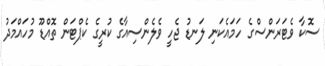
ސޮކާ ވެޓަރަންސްގެ ހަމައެކަނި ލަނޑު ޖެހީ ވެލެންސިއާގެ ކުރީގެ ކެޕްޓަން ތޮއްޑޫ މުހައްމަދު